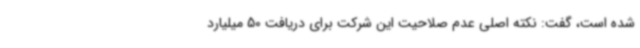
شده است، گفت: نکته اصلی عدم صلاحیت این شرکت برای دریافت 50 میلیارد